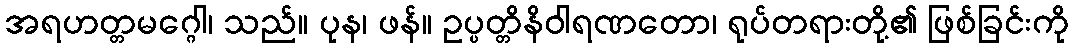
အရဟတ္တမဂ္ဂေါ၊ သည်။ ပုန၊ ဖန်။ ဥပ္ပတ္တိနိဝါရဏတော၊ ရုပ်တရားတို့၏ ဖြစ်ခြင်းကို